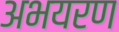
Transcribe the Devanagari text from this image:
अभयरण